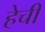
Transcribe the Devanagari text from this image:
हेची